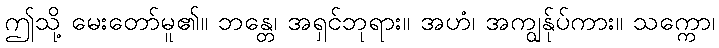
ဤသို့ မေးတော်မူ၏။ ဘန္တေ၊ အရှင်ဘုရား။ အဟံ၊ အကျွန်ုပ်ကား။ သက္ကော၊